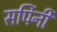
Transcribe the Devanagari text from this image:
सर्पिनी